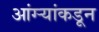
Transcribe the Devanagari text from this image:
आंग्र्‍यांकडून